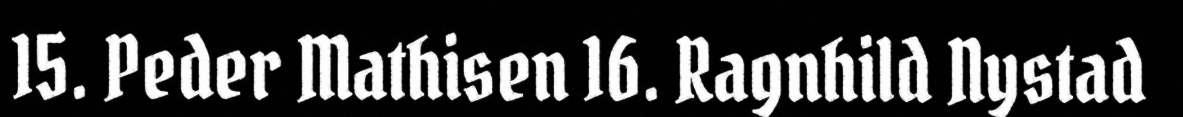
15. Peder Mathisen 16. Ragnhild Nystad